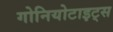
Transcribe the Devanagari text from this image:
गोनियोटाइट्स